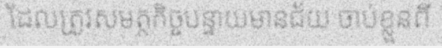
ដែលត្រូវសមត្ថកិច្ចបន្ទាយមានជ័យ ចាប់ខ្លួនពី